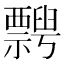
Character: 𥜞